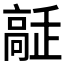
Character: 𩫔